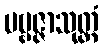
ပဗ္ဗဇ္ဇာသုတ္တံ